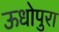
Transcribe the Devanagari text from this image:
ऊधोपुरा